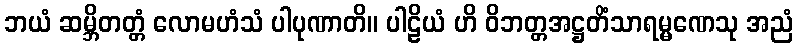
ဘယံ ဆမ္ဘိတတ္တံ လောမဟံသံ ပါပုဏာတိ။ ပါဠိယံ ဟိ ဝိဘတ္တအဋ္ဌတိံသာရမ္မဏေသု အညံ